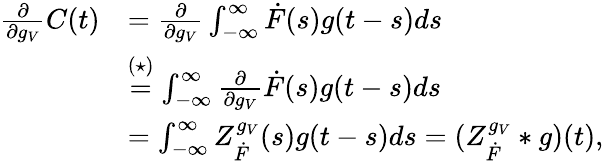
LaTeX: \begin{array}{rl}{\frac{\partial}{\partial g_{V}}C(t)}&{=\frac{\partial}{\partial g_{V}}\int_{-\infty}^{\infty}\dot{F}(s)g(t-s)ds}\\ &{\stackrel{(\star)}{=}\int_{-\infty}^{\infty}\frac{\partial}{\partial g_{V}}\dot{F}(s)g(t-s)ds}\\ &{=\int_{-\infty}^{\infty}Z_{\dot{F}}^{g_{V}}(s)g(t-s)ds=(Z_{\dot{F}}^{g_{V}}\ast g)(t),}\end{array}